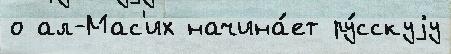
о ал-Мас'их начина́ет ру́сскуjу